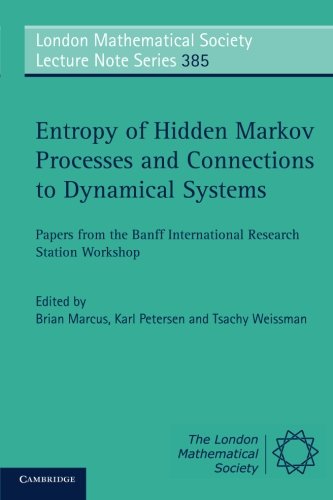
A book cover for Entropy of Hidden Markov Processes and Connections to Dynamical Systems: Papers from the Banff International Research Station Workshop (London Mathematical Society Lecture Note Series); Science & Math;